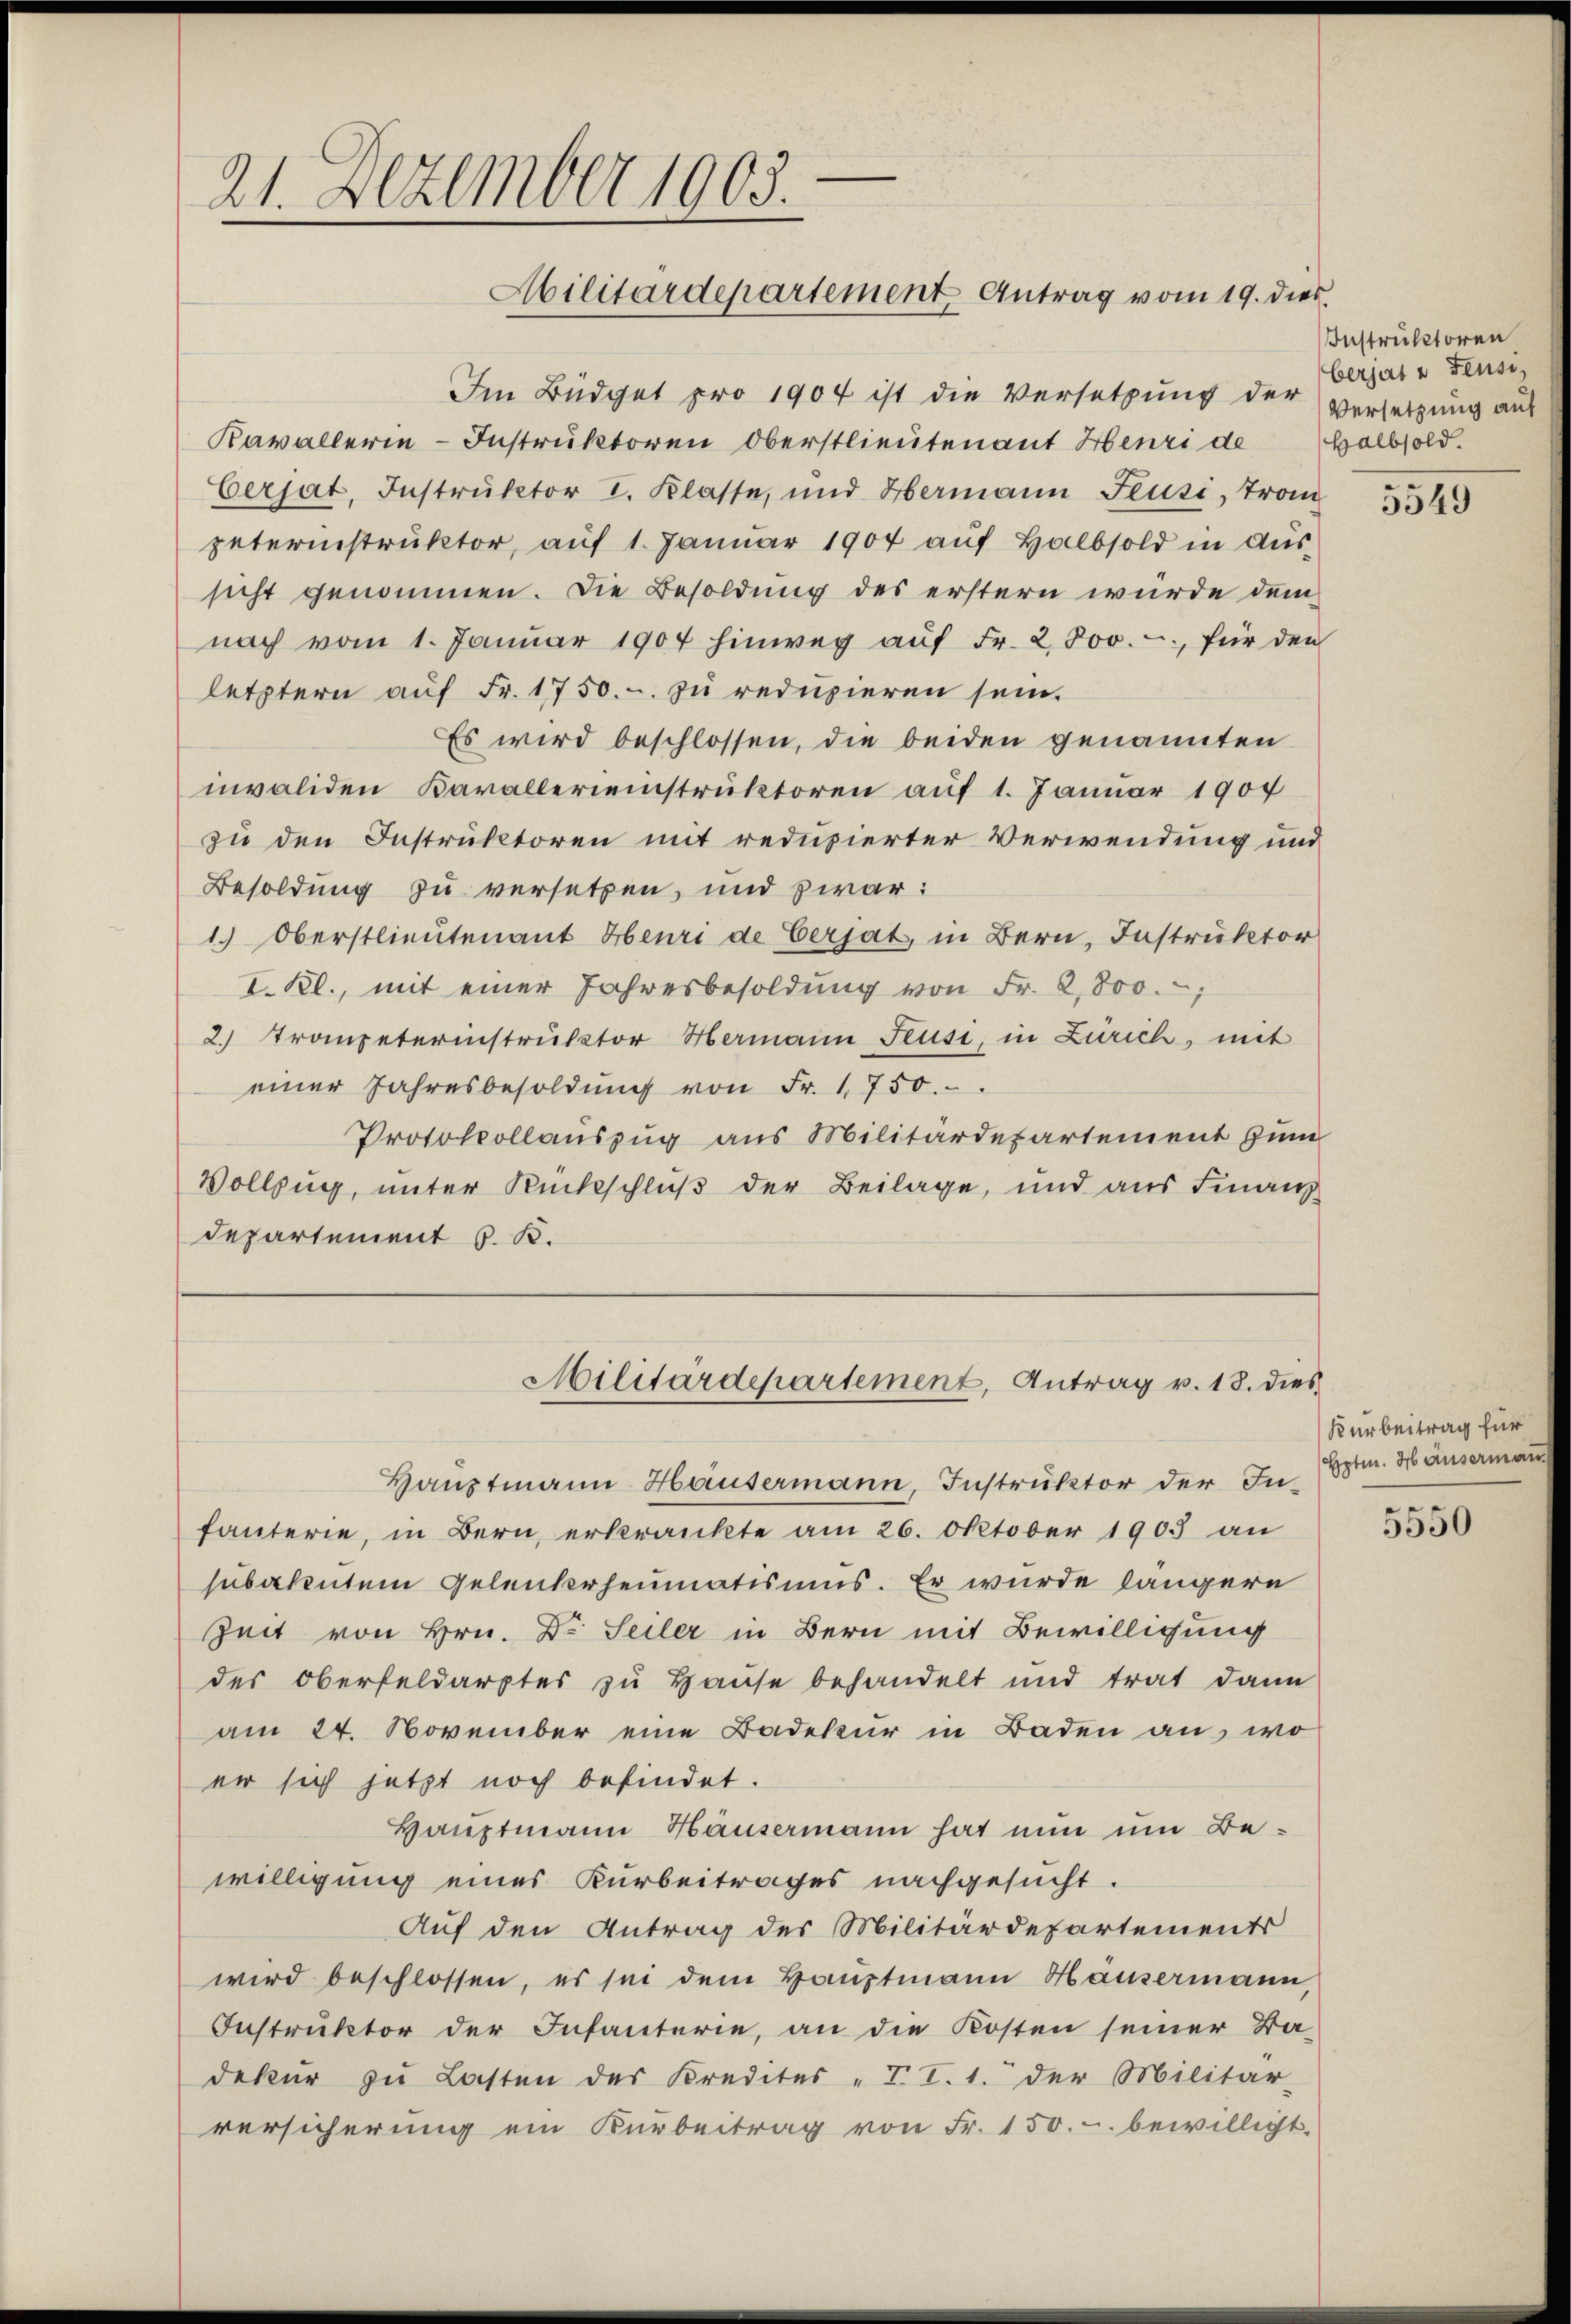
21. Dezember 1903.
Militärdepartement Antrag vom 19. dies

Im Büdget pro 1904 ist die Versetzung der Versetzung auf
Kavallerie-Instruktoren Oberstlieutenant Henri de
berjat, Instrŭktor I. Klasse, und Hermann Feusi, Trom
peterinstruktor, aŭf 1. Janŭar 1904 aŭf Halbsold in Aŭs-
sicht genommen. Die Besoldung des erstern würde demnach vom 1. Januar 1904 hinweg auf Fr. 2800.-, für den
letztern auf Fr. 1750.- zu reduzieren sein.
Es wird beschlossen, die beiden genannten
nvaliden Karallereinstruktoren auf 1. Januar 1904
zu den Instruktoren mit reduzierter Verwendung und
Besoldung zu versetzen, und zwar:
1.) Oberstlieutenant Henri de Verjat, in Bern, Instruktor
I. Kl., mit einer Jahresbesoldŭng von Fr. 2,800,
2. Tranpeterinstrŭktor Hermann Feusi, in Zürich, mit
einer Jahresbesoldŭng von Fr. 1750.
Protokollauszug aus Militärdepartement zum
Vollzug, unter Rückschluß der Beilage, und aus Finanz-
Departement S. B.

Haŭptmann Häusermann Instruktor der In- Hptm. Häusermann
fanterie, in Bern, erkrankte am 26. Oktober 1905 an
subakutem Gelenkrheumatismus. Er wurde längere
Zeit von Hrn. Dr. Seiler in Bern mit Bewilligung
des Oberfeldarptes zu Hause behandelt und trat dann
am 24. November eine Badekŭr in Baden an, wo
er sich jetzt noch befindet.
Hauptmann Häusermann hat nun um Bewilligung eines Kurbeitrages nachgesucht.
Auf den Antrag des Militärdepartements
wird beschlossen, es sei dem Hauptmann Häusermann,
Instruktor der Infanterie, an die Kosten seiner Ba-
dekŭr zŭ Lasten des Kredites "T. I. 1. der Militär-
versicherung ein Kürbeitrag von Fr. 150.- bewilligt.

Militärdepartement, Antrag v. 18. dies

Instruktoren
berjat u Feusiz
Halbsold.

5549

Kurbeitrag für

er
3550